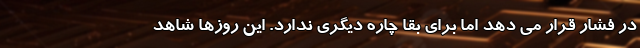
در فشار قرار می دهد اما برای بقا چاره دیگری ندارد. این روزها شاهد